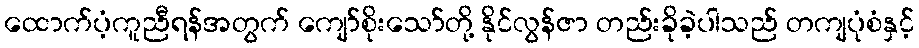
ထောက်ပံ့ကူညီရန်အတွက် ကျော်စိုးသော်တို့ နိုင်လွန်ဇာ တည်းခိုခဲ့ပါသည် တကျပုံစံနှင့်